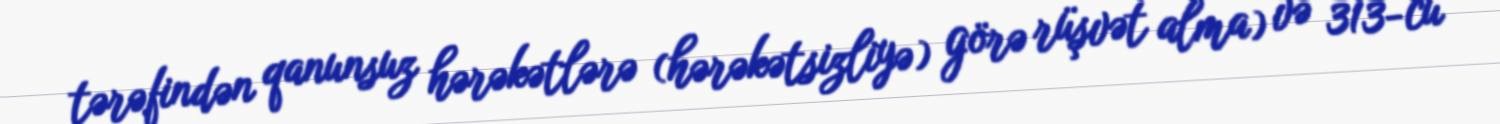
tərəfindən qanunsuz hərəkətlərə (hərəkətsizliyə) görə rüşvət alma) və 313-cü